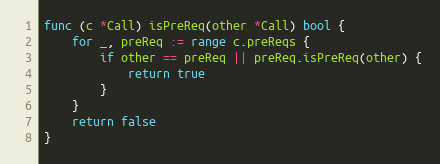
Language: Go
func (c *Call) isPreReq(other *Call) bool {
	for _, preReq := range c.preReqs {
		if other == preReq || preReq.isPreReq(other) {
			return true
		}
	}
	return false
}